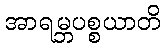
အာရမ္ဘပစ္စယာတိ